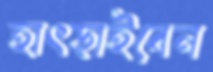
হাৎড়াইবেন